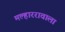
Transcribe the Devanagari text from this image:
मल्हाररावाला